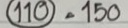
110 = 150